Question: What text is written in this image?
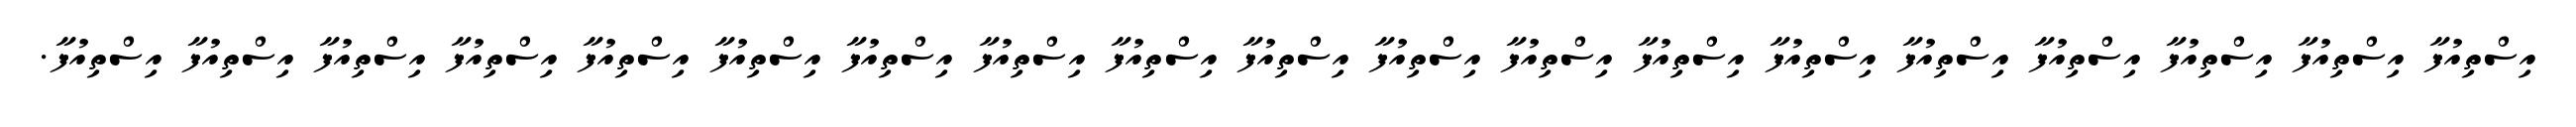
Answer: އިސްތިއުފާ އިސްތިއުފާ އިސްތިއުފާ އިސްތިއުފާ އިސްތިއުފާ އިސްތިއުފާ އިސްތިއުފާ އިސްތިއުފާ އިސްތިއުފާ އިސްތިއުފާ އިސްތިއުފާ އިސްތިއުފާ އިސްތިއުފާ އިސްތިއުފާ އިސްތިއުފާ އިސްތިއުފާ އިސްތިއުފާ އިސްތިއުފާ އިސްތިއުފާ.